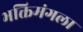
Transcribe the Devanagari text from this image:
भक्तिमंगला